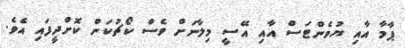
ޕާމާ އާއި ޔުވެންޓަސް އާއި އޭސީ މިލާނަށް ވެސް ކޯޗުކަން ކޮށްދީފައި އެވެ.